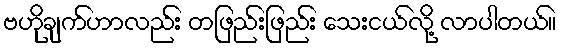
ဗဟိုချက်ဟာလည်း တဖြည်းဖြည်း သေးငယ်လို့ လာပါတယ်။